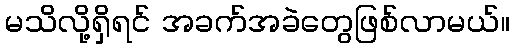
မသိလို့ရှိရင် အခက်အခဲတွေဖြစ်လာမယ်။